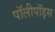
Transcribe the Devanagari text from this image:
पॉलीपॉड्स